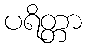
ပရိတ္တာ